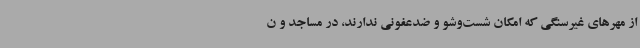
از مهرهای غیرسنگی که امکان شست‌وشو و ضدعفونی ندارند، در مساجد و ن